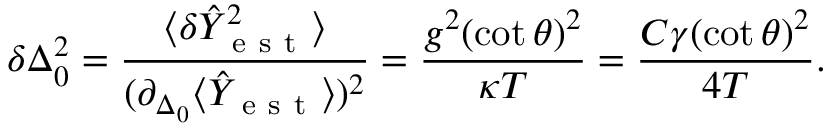
\delta \Delta _ { 0 } ^ { 2 } = \frac { \langle \delta \hat { Y } _ { \mathrm { ~ e ~ s ~ t ~ } } ^ { 2 } \rangle } { ( \partial _ { \Delta _ { 0 } } \langle \hat { Y } _ { \mathrm { ~ e ~ s ~ t ~ } } \rangle ) ^ { 2 } } = \frac { g ^ { 2 } ( \cot \theta ) ^ { 2 } } { \kappa T } = \frac { C \gamma ( \cot \theta ) ^ { 2 } } { 4 T } .